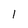
Character: 1